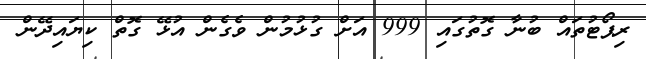
ރިޕޯޓުތައް ބުނާ ގޮތުގައި 999 އަށް ގުޅުމުން ވެގެން އުޅޭ ގޮތް ކިޔައިދޭން